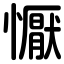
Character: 懨